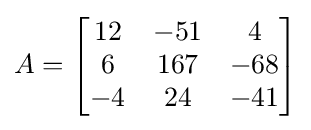
A={\begin{bmatrix}12&-51&4\\6&167&-68\\-4&24&-41\end{bmatrix}}